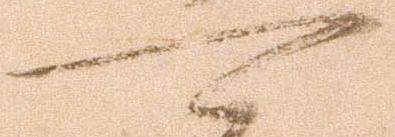
可